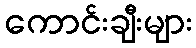
ကောင်းချီးများ